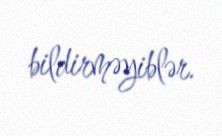
bildirməyiblər.